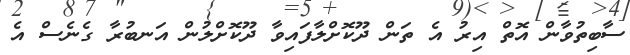
ސާބިތުވާން އޮތް އިރު އެ ތަން ދޫކޮށްލާފައިވާ ދޫކޮށްލުން އަނބުރާ ގެނެސް އެ